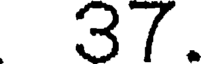
37.